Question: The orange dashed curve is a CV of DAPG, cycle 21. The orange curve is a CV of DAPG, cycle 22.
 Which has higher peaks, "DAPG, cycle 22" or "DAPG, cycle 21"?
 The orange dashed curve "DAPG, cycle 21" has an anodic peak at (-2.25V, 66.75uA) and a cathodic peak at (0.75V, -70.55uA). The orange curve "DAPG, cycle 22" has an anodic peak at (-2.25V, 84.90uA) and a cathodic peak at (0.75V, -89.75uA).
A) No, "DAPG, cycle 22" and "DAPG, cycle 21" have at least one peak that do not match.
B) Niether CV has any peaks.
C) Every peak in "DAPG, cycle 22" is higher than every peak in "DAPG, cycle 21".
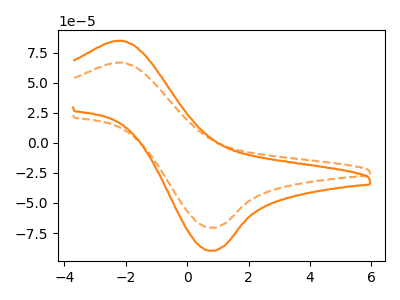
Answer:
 <answer>C) Every peak in "DAPG, cycle 22" is higher than every peak in "DAPG, cycle 21".</answer>
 <eval>C</eval>